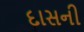
દાસની